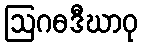
ဩဂဓဒီဃာဝု